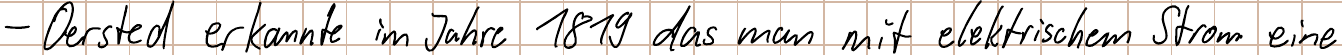
- Oersted erkannte im Jahre 1819 das man mit elektrischem Strom eine